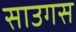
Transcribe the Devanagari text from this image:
साउगस